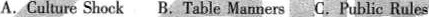
A.Culture Shock B.Table Manners C.Public Rules